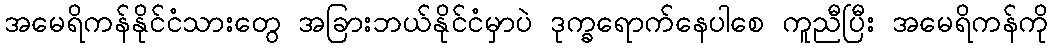
အမေရိကန်နိုင်ငံသားတွေ အခြားဘယ်နိုင်ငံမှာပဲ ဒုက္ခရောက်နေပါစေ ကူညီပြီး အမေရိကန်ကို